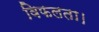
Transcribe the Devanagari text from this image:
विफलता।